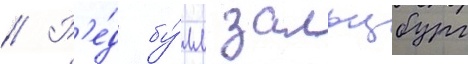
// Р'е́д бу́лл зальцбург